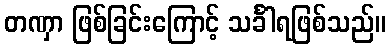
တဏှာ ဖြစ်ခြင်းကြောင့် သင်္ခါရဖြစ်သည်။